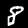
Digit: 8